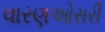
વારણઓસરી